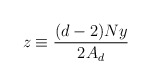
\begin{align*} z\equiv\frac{(d-2)Ny}{2A_d}\end{align*}